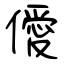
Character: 僾